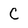
Character: C